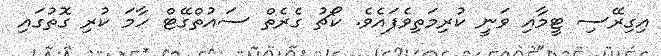
އިގިރޭސި ޓީމާއި ވަނީ ކުރިމަތިވެފައެވެ. ކޯޗު ގެރެތް ސައުތްގޭޓް ހާމަ ކުރި ގޮތުގައި